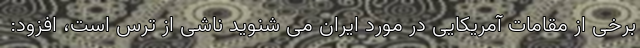
برخی از مقامات آمریکایی در مورد ایران می شنوید ناشی از ترس است، افزود: